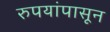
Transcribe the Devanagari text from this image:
रुपयांपासून